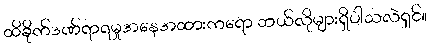
ထိခိုက်ဒဏ်ရာရမှုအနေအထားကရော ဘယ်လိုများရှိပါသလဲရှင်။